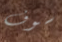
سوف